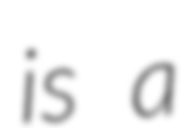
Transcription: is a